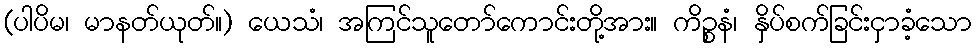
(ပါပိမ၊ မာနတ်ယုတ်။) ယေသံ၊ အကြင်သူတော်ကောင်းတို့အား။ ကိဉ္စနံ၊ နှိပ်စက်ခြင်းငှာခံ့သော